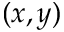
( x , y )